Leaving Certificate Examination, 1923
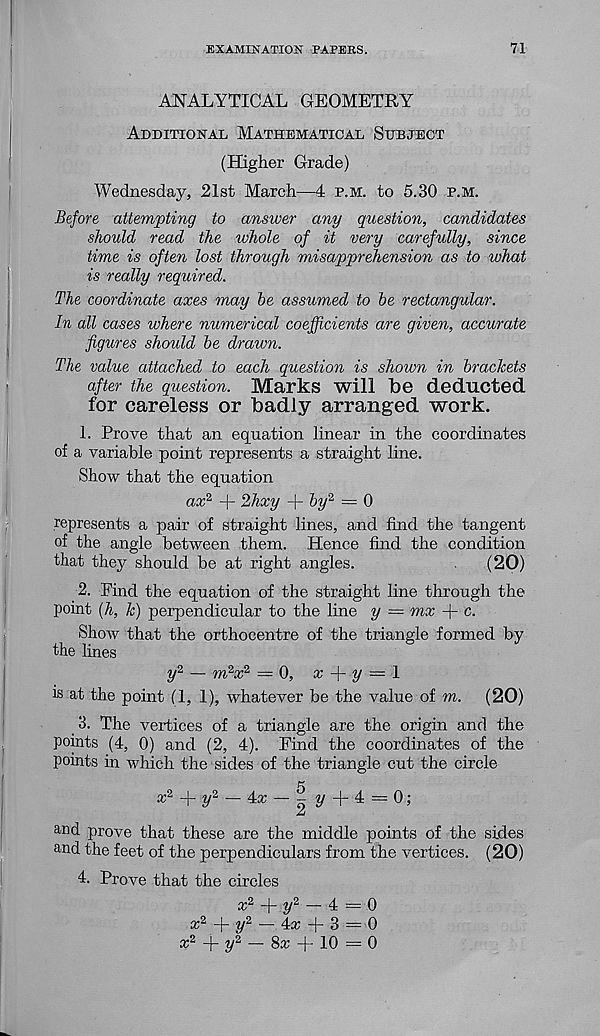
EXAMINATION PAPERS.
71
ANALYTICAL GEOMETRY
Additional Mathematical Subject
(Higher Grade)
Wednesday, 21st March—4 p.m. to 5.30 p.m.
Before attempting to answer any question, candidates
should read the whole of it very carefully, since
time is often lost through misapprehension as to what
is really required.
The coordinate axes may he assumed to he rectangular.
In all cases where numerical coefficients are given, accurate
figures should he draion.
The value attached to each question is shown in brackets
after the question. Marks will be deducted
for careless or badly arranged work.
1. Prove that an equation linear in the coordinates
of a variable point represents a straight line.
Show that the equation
ax % + Hhxy + hy % = 0
represents a pair of straight lines, and find the tangent
of the angle between them. Hence find the condition
that they should be at right angles.
(20)
2. Find the equation of the straight line through the
point [h, k) perpendicular to the line y = mx + c.
Show that the orthocentre of the triangle formed by
the lines
yi _ m 2,£2 __ o, x -f- y = 1
is at the point (1, 1), whatever be the value of m.
(20)
3. The vertices of a triangle are the origin and the
points (4, 0) and (2, 4). Find the coordinates of the
points in which the sides of the triangle cut the circle
y 2 — ±x — ^ 2/ + 4= 0;
and prove that these are the middle points of the sides
and the feet of the perpendiculars from the vertices. (20)
4. Prove that the circles
a; 2 + t/ 2 — 4 = 0
a;2 _j_ ^,2 _
_|_ 3 _ o
a; 2 + y 2 - 8® + 10 = 0